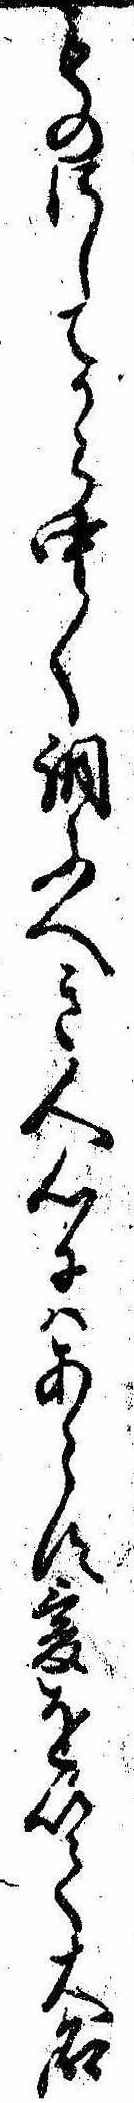
ものにしてから中〱調ふへき人心にはあらす爰を以て大名